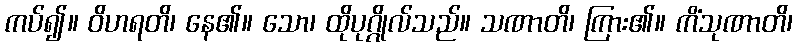
ကပ်၍။ ဝိဟရတိ၊ နေ၏။ သော၊ ထိုပုဂ္ဂိုလ်သည်။ သဏာတိ၊ ကြား၏။ ကိံသုဏာတိ၊